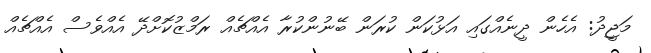
މަޖީދު: އެހެން ދީނެއްގައި އަޅުކަން ކުރަން ބޭނުންކުރާ އެއްޗެއް ރަމްޒުކޮށްދޭ އެއްވެސް އެއްޗެއް